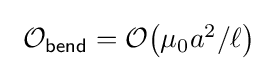
{\textstyle \ {\mathcal {O}}_{\mathsf {bend}}={\mathcal {O}}{\mathord {\left({\mu _{0}a^{2}}/{\ell }\right)}}\ }